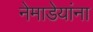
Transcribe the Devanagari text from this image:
नेमाडेयांना